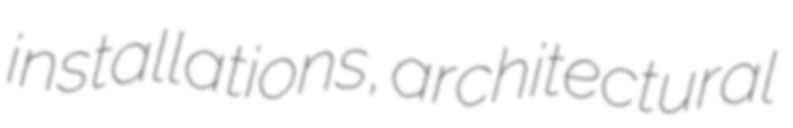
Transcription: installations, architectural